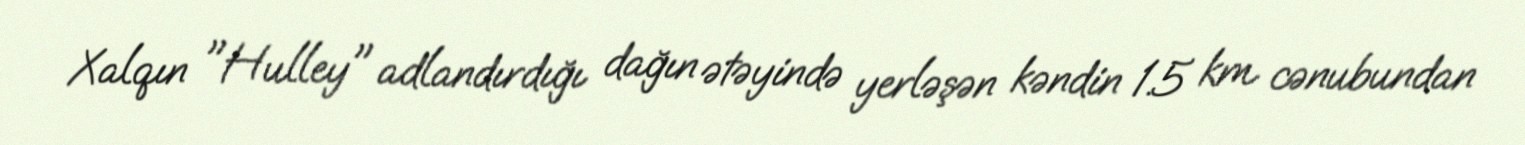
Xalqın "Hulley" adlandırdığı dağın ətəyində yerləşən kəndin 1.5 km cənubundan